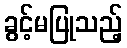
ခွင့်မပြုသည့်